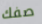
صفك